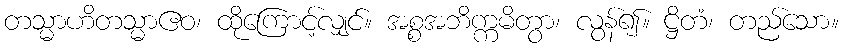
တသ္မာဟိတသ္မာဧဝ၊ ထိုကြောင့်လျှင်။ အစ္စအဘိက္ကမိတွာ၊ လွန်၍။ ဋ္ဌိတံ၊ တည်သော။